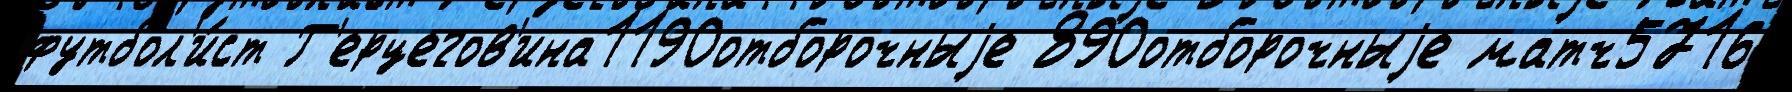
футбол'и́ст Г'ерцегов'ина1190отборочныjе 890отборочныjе матч5716